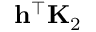
\mathbf { h } ^ { \top } \mathbf { K } _ { 2 }